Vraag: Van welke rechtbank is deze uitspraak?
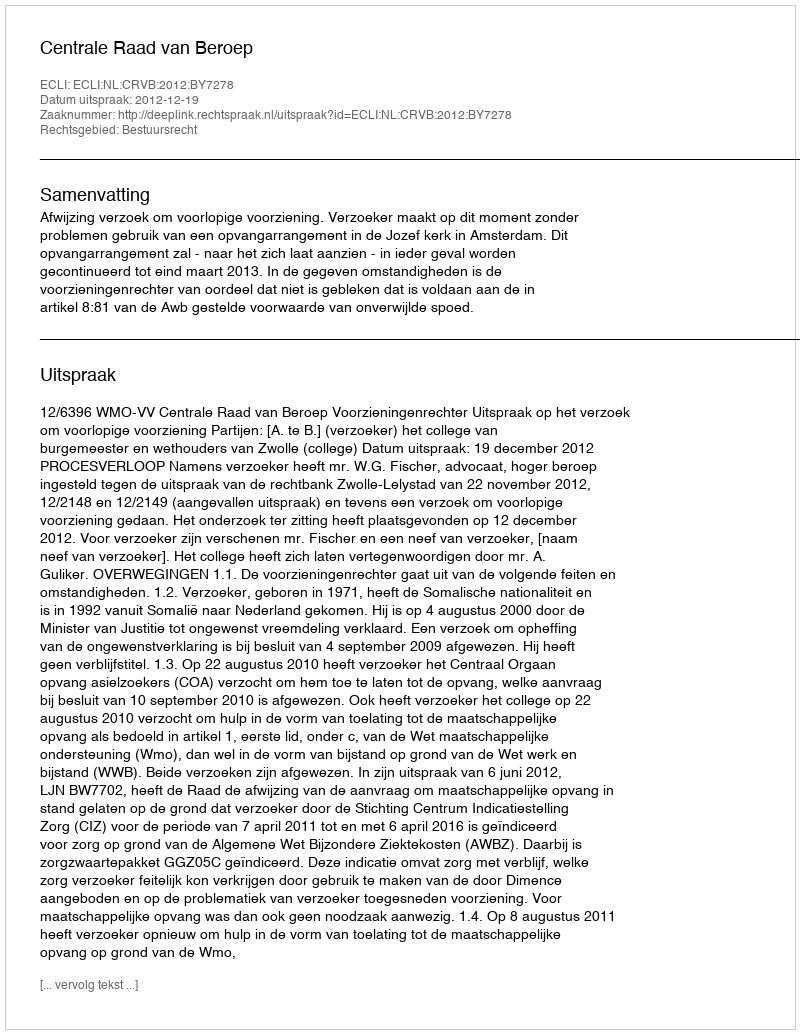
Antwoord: Centrale Raad van Beroep